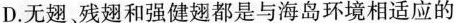
D.无翅、残翅和强健翅都是与海岛环境相适应的